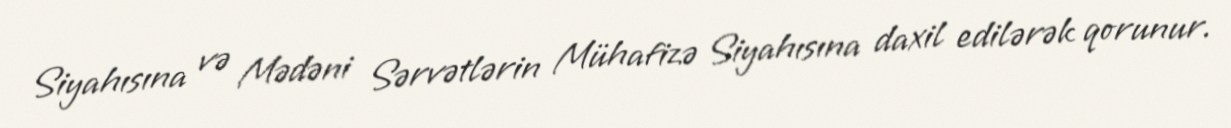
Siyahısına və Mədəni Sərvətlərin Mühafizə Siyahısına daxil edilərək qorunur.